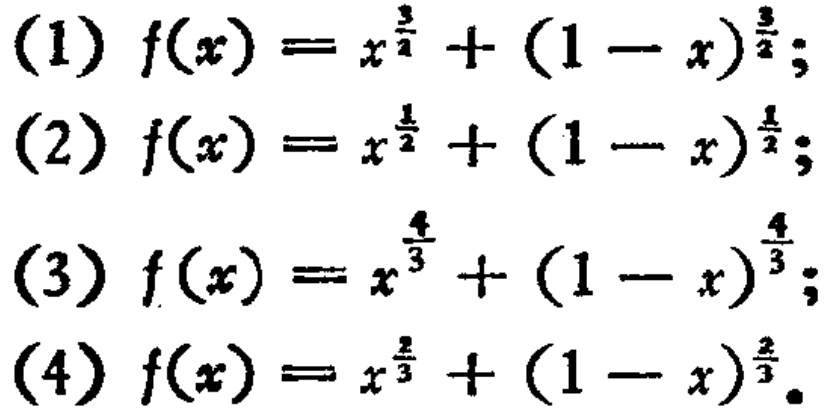
(1) \(f(x)=x^{\frac{3}{2}}+(1 - x)^{\frac{3}{2}}\);
(2) \(f(x)=x^{\frac{1}{2}}+(1 - x)^{\frac{1}{2}}\);
(3) \(f(x)=x^{\frac{4}{3}}+(1 - x)^{\frac{4}{3}}\);
(4) \(f(x)=x^{\frac{2}{3}}+(1 - x)^{\frac{2}{3}}\)。